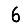
Digit: 6